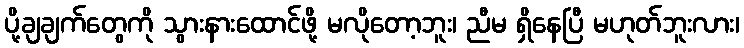
ပို့ချချက်တွေကို သွားနားထောင်ဖို့ မလိုတော့ဘူး၊ ညီမ ရှိနေပြီ မဟုတ်ဘူးလား၊